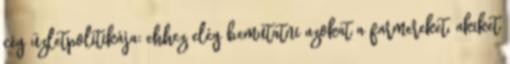
cég üzletpolitikája: ehhez elég bemutatni azokat a farmereket, akiket